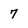
Character: 7